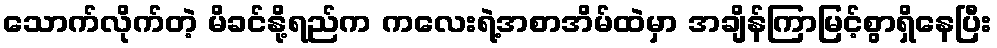
သောက်လိုက်တဲ့ မိခင်နို့ရည်က ကလေးရဲ့အစာအိမ်ထဲမှာ အချိန်ကြာမြင့်စွာရှိနေပြီး